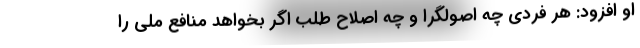
او افزود: هر فردی چه اصولگرا و چه اصلاح طلب اگر بخواهد منافع ملی را